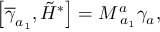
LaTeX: \left[ \overline { { { \gamma } } } _ { a _ { 1 } } , \tilde { H } ^ { * } \right] = M _ { \; a _ { 1 } } ^ { a } \gamma _ { a } ,